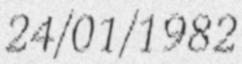
24/01/1982